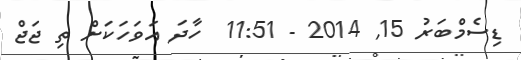
ޑިސެމްބަރު 15